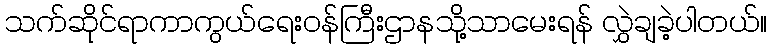
သက်ဆိုင်ရာကာကွယ်ရေးဝန်ကြီးဌာနသို့သာမေးရန် လွှဲချခဲ့ပါတယ်။